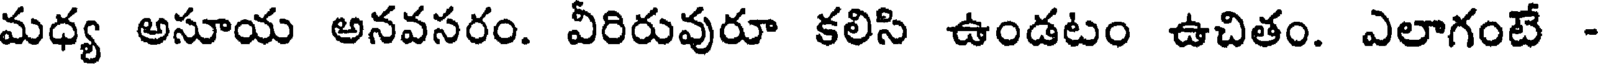
మధ్య అసూయ అనవసరం. వీరిరువురూ కలిసి ఉండటం ఉచితం. ఎలాగంటే -